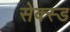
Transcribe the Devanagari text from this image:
सेक्स्ड